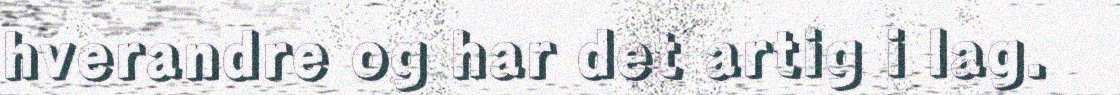
hverandre og har det artig i lag.